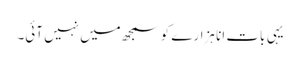
یہی بات انا ہزارے کو سمجھ میں نہیں آئی۔